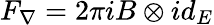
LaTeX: F_{\nabla}=2\pi iB\otimes id_{E}